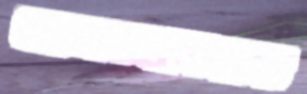
আনন্দবিহার